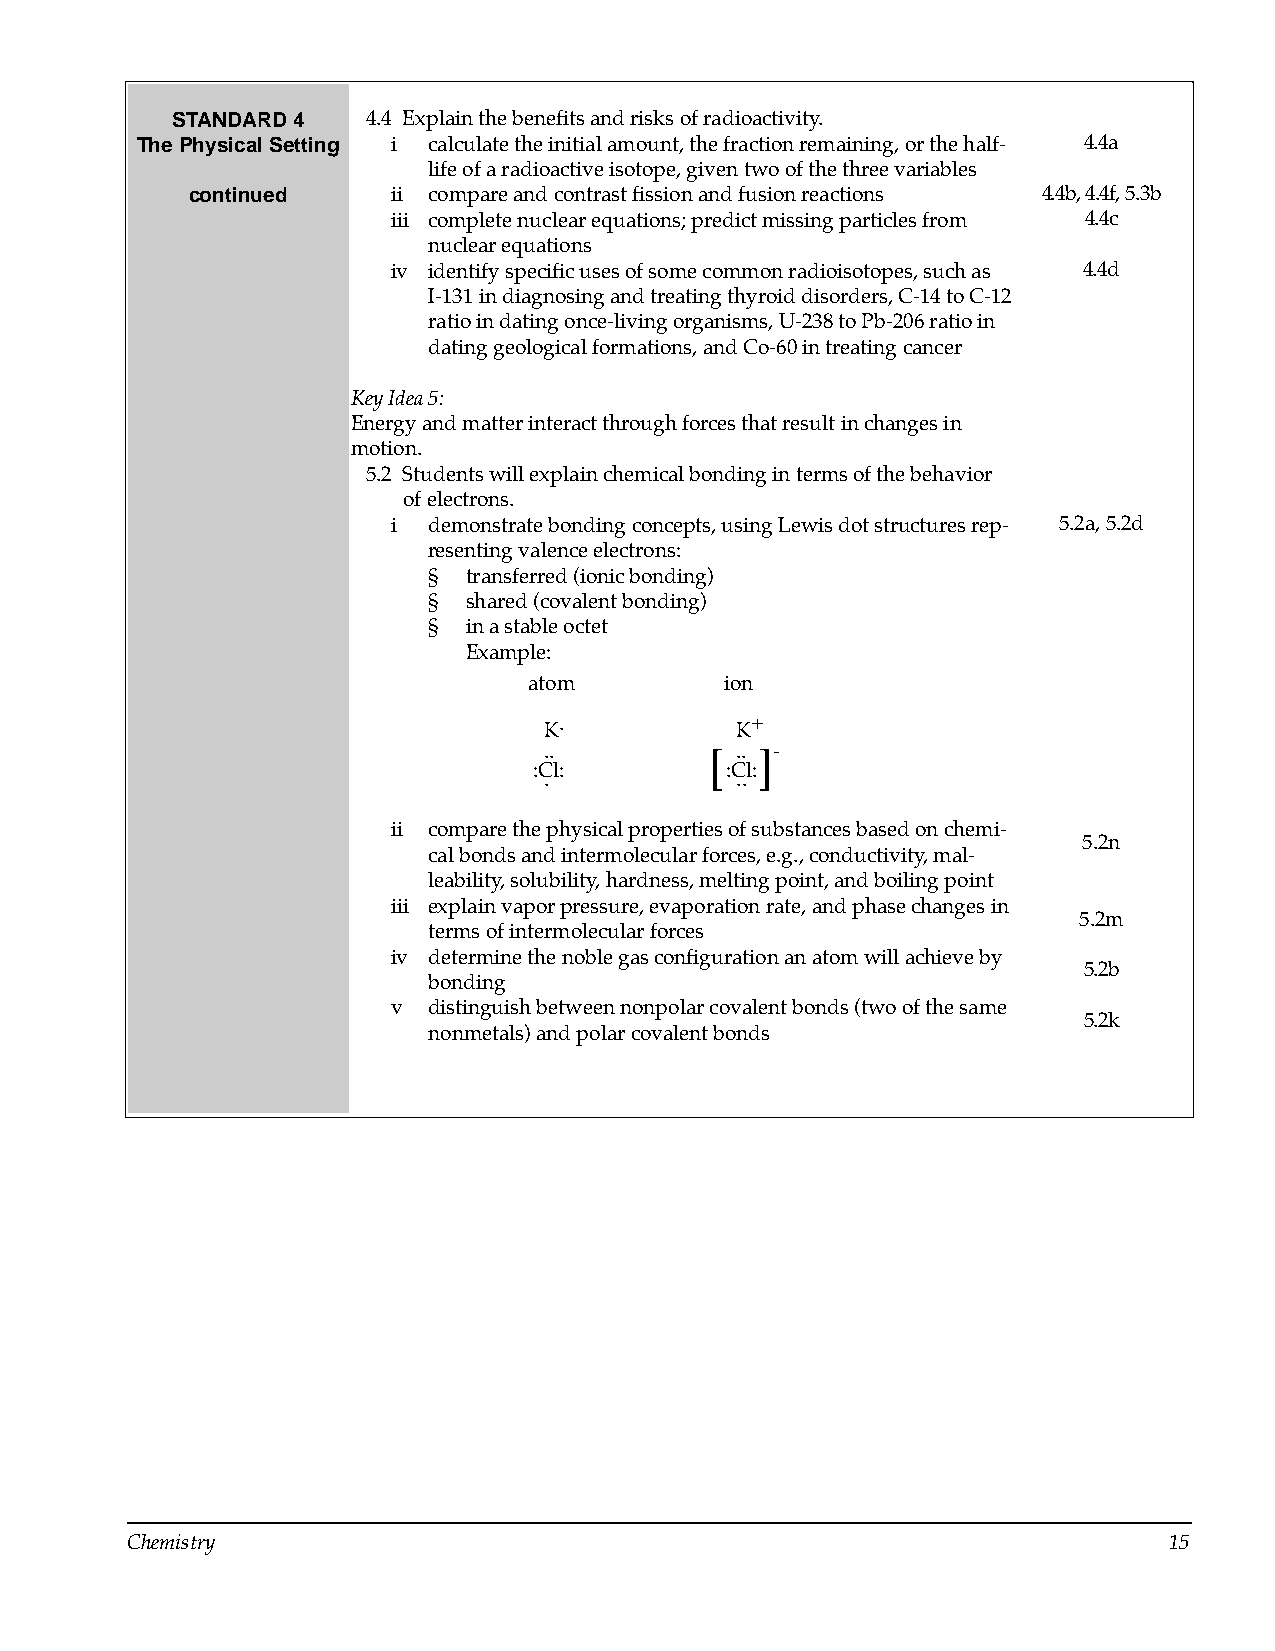
STANDARD 4   4.4 Explain the benefits and risks of radioactivity.
 The Physical Setting i calculate the initial amount, the fraction remaining, or the half- 4.4a
 life of a radioactive isotope, given two of the three variables
 continued     ii compare and contrast fission and fusion reactions 4.4b, 4.4f, 5.3b
 iii complete nuclear equations; predict missing particles from 4.4c
 nuclear equations
 iv identify specific uses of some common radioisotopes, such as 4.4d
 I-131 in diagnosing and treating thyroid disorders, C-14 to C-12
 ratio in dating once-living organisms, U-238 to Pb-206 ratio in
 dating geological formations, and Co-60 in treating cancer
 Key Idea 5:
 Energy and matter interact through forces that result in changes in
 motion.
 5.2 Students will explain chemical bonding in terms of the behavior
 of electrons.
 i demonstrate bonding concepts, using Lewis dot structures rep- 5.2a, 5.2d
 resenting valence electrons:
 §  transferred (ionic bonding)
 §  shared (covalent bonding)
 §  in a stable octet
 Example:
 atom         ion
 .            +
 K            K
 ..           .. -
 [  ]
 :Cl:         :Cl:
 .            ..
 ii compare the physical properties of substances based on chemi­
 5.2n
 cal bonds and intermolecular forces, e.g., conductivity, mal­
 leability, solubility, hardness, melting point, and boiling point
 iii explain vapor pressure, evaporation rate, and phase changes in
 5.2m
 terms of intermolecular forces
 iv determine the noble gas configuration an atom will achieve by
 5.2b
 bonding
 v distinguish between nonpolar covalent bonds (two of the same
 5.2k
 nonmetals) and polar covalent bonds
 Chemistry                                                            15